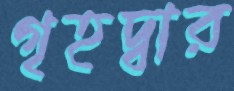
গৃহদ্বার